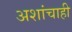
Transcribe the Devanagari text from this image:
अशांचाही